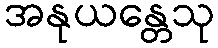
အနုယန္တေသု